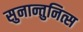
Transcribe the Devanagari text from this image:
सुनान्तुनित्स